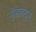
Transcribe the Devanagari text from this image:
गीगाहट्र्ज